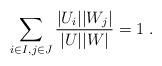
LaTeX: \begin{align*}\sum_{i\in I, j\in J}\frac{|U_i||W_j|}{|U||W|}=1\;. \end{align*}